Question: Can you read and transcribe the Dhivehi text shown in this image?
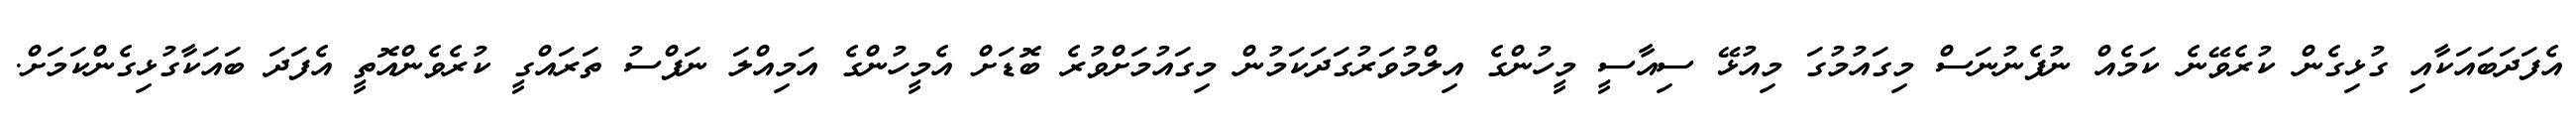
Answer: އެފަދަބައަކާއި ގުޅިގެން ކުރެވޭނެ ކަމެއް ނުފެނުނަސް މިގައުމުގަ މިއުޅޭ ސިއާސީ މީހުންގެ އިލްމުވަރުގަދަކަމުން މިގައުމަށްވުރެ ބޮޑަށް އެމީހުންގެ އަމިއްލަ ނަފްސު ތަރައްގީ ކުރެވެންއޮތީ އެފަދަ ބައަކާގުޅިގެންކަމަށް.